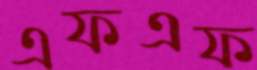
এফএফ